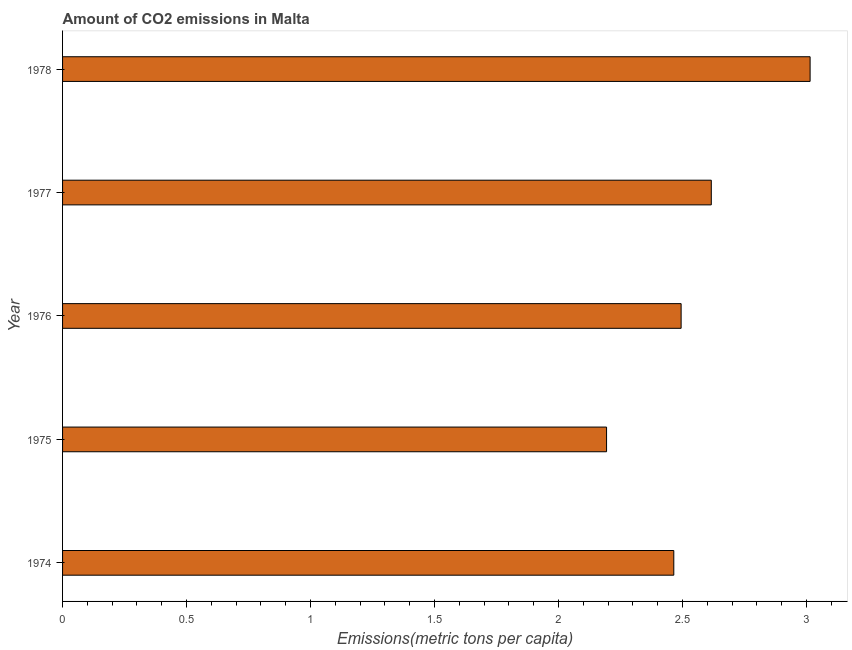
| Year | CO2 emissions |
 | --- | --- |
 | 1974 | 2.46 |
 | 1975 | 2.19 |
 | 1976 | 2.49 |
 | 1977 | 2.62 |
 | 1978 | 3.01 |